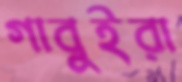
গাবুইরা